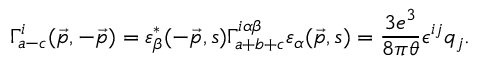
\Gamma _ { a - c } ^ { i } ( \vec { p } , - \vec { p } ) = \varepsilon _ { \beta } ^ { * } ( - \vec { p } , s ) \Gamma _ { a + b + c } ^ { i \alpha \beta } \varepsilon _ { \alpha } ( \vec { p } , s ) = \frac { 3 e ^ { 3 } } { 8 \pi \theta } \epsilon ^ { i j } q _ { j } .